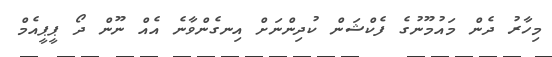
މިހާރު ދެން މައުމޫނުގެ ފެކްޝަން ކުދިންނަށް އިނގެންވާނެ އެއް ނޫން ދޯ ޕީޕީއެމް